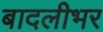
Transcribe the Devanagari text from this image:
बादलीभर